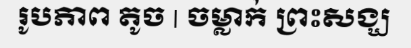
រូបភាព តូច | ចម្លាក់ ព្រះសង្ឃ